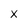
Character: X